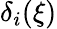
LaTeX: \delta_{i}(\xi)